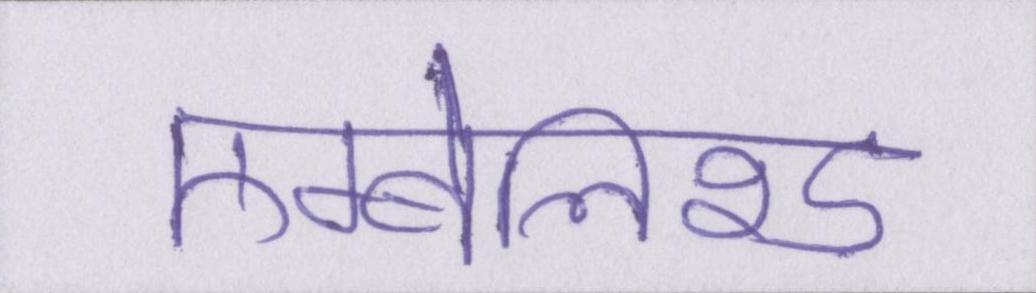
एम्बेलिश्ड